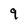
Character: 9